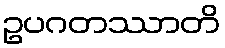
ဥပဂတဿာတိ